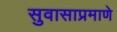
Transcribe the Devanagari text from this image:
सुवासाप्रमाणे